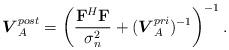
LaTeX: \begin{align*}\boldsymbol{V}_{A}^{post}=\left(\frac{\mathbf{F}^{H}\mathbf{F}}{\sigma_{n}^{2}}+(\boldsymbol{V}_{A}^{pri})^{-1}\right)^{-1}.\end{align*}